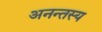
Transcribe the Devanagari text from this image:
अनन्तस्य